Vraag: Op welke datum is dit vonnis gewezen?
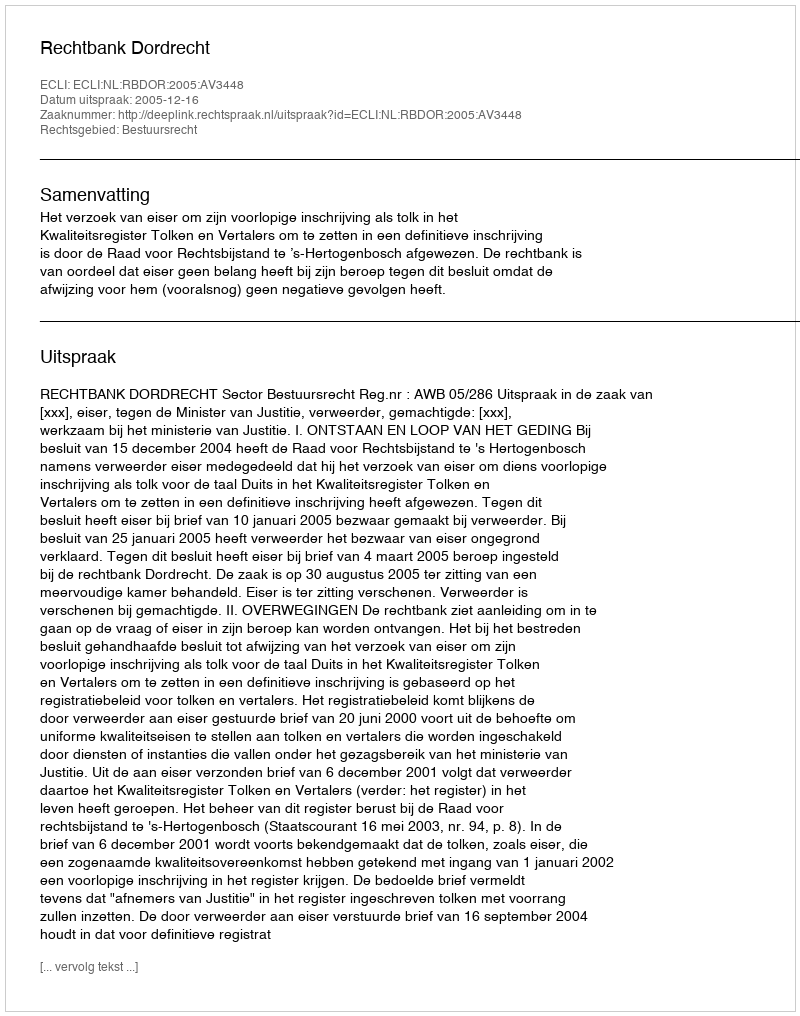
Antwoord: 2005-12-16